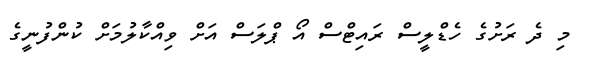
މި ދެ ރަށުގެ ހެޑްލީސް ރައިޓްސް އޯ ޕްލަސް އަށް ވިއްކާލުމަށް ކުންފުނީގެ